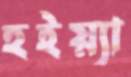
হইয়্যা